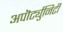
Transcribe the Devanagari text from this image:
अपॊर्ट्युनिटी